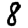
Digit: 8